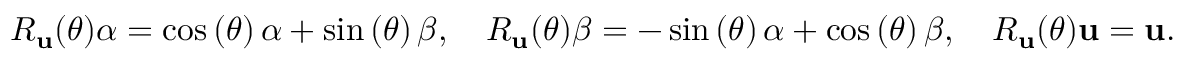
R _ { \mathbf { u } } ( \theta ) { \boldsymbol { \alpha } } = \cos \left( \theta \right) { \boldsymbol { \alpha } } + \sin \left( \theta \right) { \boldsymbol { \beta } } , \quad R _ { \mathbf { u } } ( \theta ) { \boldsymbol { \beta } } = - \sin \left( \theta \right) { \boldsymbol { \alpha } } + \cos \left( \theta \right) { \boldsymbol { \beta } } , \quad R _ { \mathbf { u } } ( \theta ) \mathbf { u } = \mathbf { u } .